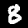
Digit: 8